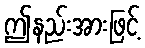
ဤနည်းအားဖြင့်